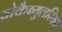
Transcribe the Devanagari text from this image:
वोकैब्युलरियस्